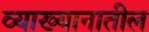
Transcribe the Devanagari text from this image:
व्याख्यानातील